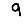
Digit: 9